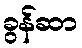
ခွန်ဆာ